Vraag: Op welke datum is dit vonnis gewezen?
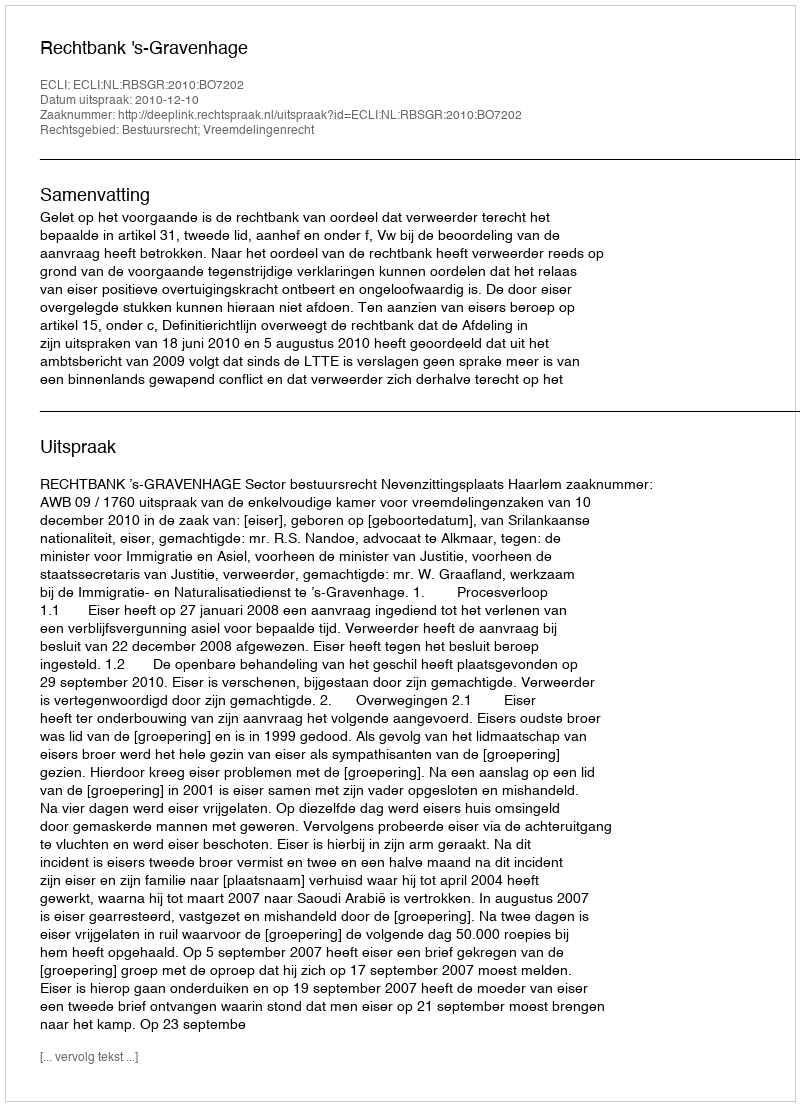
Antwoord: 2010-12-10